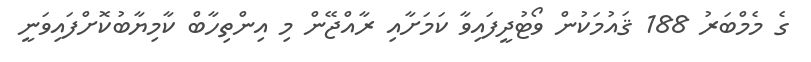
ގެ މެމްބަރު 188 ޤައުމަކުން ވޯޓުދީފައިވާ ކަމަށާއި ރާއްޖޭން މި އިންތިހާބް ކާމިޔާބުކޮށްފައިވަނީ